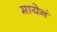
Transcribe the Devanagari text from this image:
मायेनं